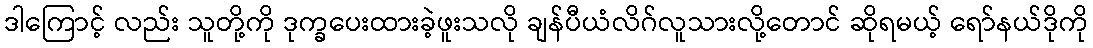
ဒါကြောင့် လည်း သူတို့ကို ဒုက္ခပေးထားခဲ့ဖူးသလို ချန်ပီယံလိဂ်လူသားလို့တောင် ဆိုရမယ့် ရော်နယ်ဒိုကို